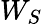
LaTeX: W_{S}